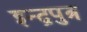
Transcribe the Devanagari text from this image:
इन्द्रपुत्र